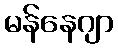
မန်နေဂျာ